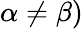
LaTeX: \alpha\neq\beta)